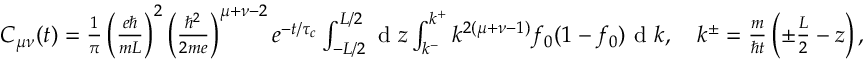
\begin{array} { r } { C _ { \mu \nu } ( t ) = \frac { 1 } { \pi } \left( \frac { e \hbar } { m L } \right) ^ { 2 } \left( \frac { \hbar ^ { 2 } } { 2 m e } \right) ^ { \mu + \nu - 2 } e ^ { - t / \tau _ { c } } \int \displaylimits _ { - L / 2 } ^ { L / 2 } \textrm { d } z \int \displaylimits _ { k ^ { - } } ^ { k ^ { + } } k ^ { 2 ( \mu + \nu - 1 ) } f _ { 0 } ( 1 - f _ { 0 } ) \textrm { d } k , \quad k ^ { \pm } = \frac { m } { \hbar t } \left( \pm \frac { L } { 2 } - z \right) , } \end{array}